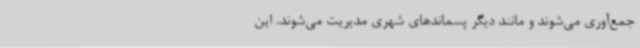
جمع‌آوری می‌شوند و مانند دیگر پسماندهای شهری مدیریت می‌شوند. این